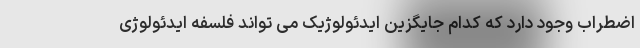
اضطراب وجود دارد که کدام جایگزین ایدئولوژیک می تواند فلسفه ایدئولوژی